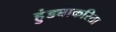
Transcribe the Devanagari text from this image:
हुंड्याकरिता